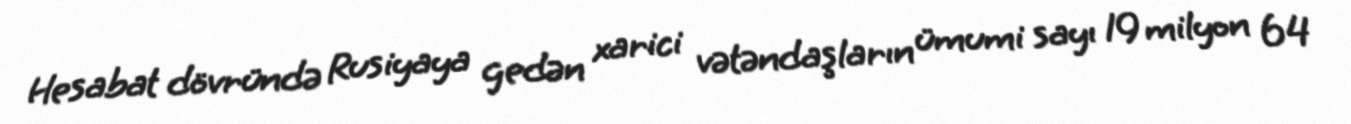
Hesabat dövründə Rusiyaya gedən xarici vətəndaşların ümumi sayı 19 milyon 64